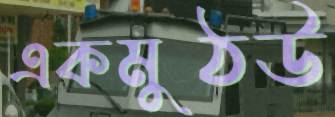
একমুঠউ